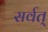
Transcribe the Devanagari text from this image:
सर्वत्